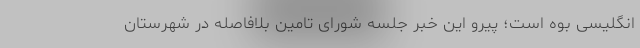
انگلیسی بوه است؛ پیرو این خبر جلسه شورای تامین بلافاصله در شهرستان